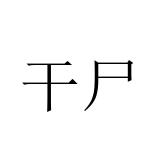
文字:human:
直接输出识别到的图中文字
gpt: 干尸